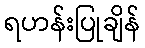
ရဟန်းပြုချိန်